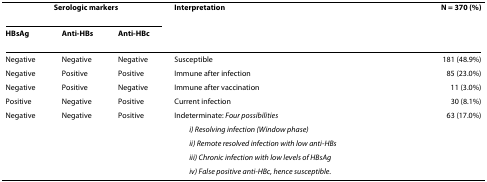
<table><thead><tr><td colspan="3"><b>Serologic markers</b></td><td><b>Interpretation</b></td><td><b>N = 370 (%)</b></td></tr><tr><td><b>HBsAg</b></td><td><b>Anti-HBs</b></td><td><b>Anti-HBc</b></td><td></td><td></td></tr></thead><tbody><tr><td>Negative</td><td>Negative</td><td>Negative</td><td>Susceptible</td><td>181 (48.9%)</td></tr><tr><td>Negative</td><td>Positive</td><td>Positive</td><td>Immune after infection</td><td>85 (23.0%)</td></tr><tr><td>Negative</td><td>Positive</td><td>Negative</td><td>Immune after vaccination</td><td>11 (3.0%)</td></tr><tr><td>Positive</td><td>Negative</td><td>Positive</td><td>Current infection</td><td>30 (8.1%)</td></tr><tr><td>Negative</td><td>Negative</td><td>Positive</td><td>Indeterminate: <i>Four possibilities</i></td><td>63 (17.0%)</td></tr><tr><td></td><td></td><td></td><td> <i>i) Resolving infection (Window phase)</i></td><td></td></tr><tr><td></td><td></td><td></td><td> <i>ii) Remote resolved infection with low anti-HBs</i></td><td></td></tr><tr><td></td><td></td><td></td><td> <i>iii) Chronic infection with low levels of HBsAg</i></td><td></td></tr><tr><td></td><td></td><td></td><td> <i>iv) False positive anti-HBc, hence susceptible.</i></td><td></td></tr></tbody></table>